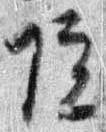
院